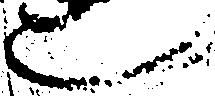
也